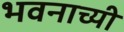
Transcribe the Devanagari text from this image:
भवनाच्यी